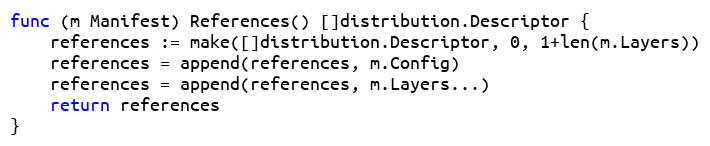
Language: Go
func (m Manifest) References() []distribution.Descriptor {
	references := make([]distribution.Descriptor, 0, 1+len(m.Layers))
	references = append(references, m.Config)
	references = append(references, m.Layers...)
	return references
}